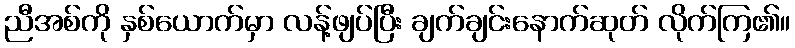
ညီအစ်ကို နှစ်ယောက်မှာ လန့်ဖျပ်ပြီး ချက်ချင်းနောက်ဆုတ် လိုက်ကြ၏။